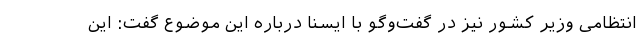
انتظامی وزیر کشور نیز در گفت‌وگو با ایسنا درباره این موضوع گفت: این